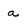
Character: a